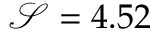
\mathcal { S } = 4 . 5 2